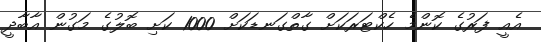
އެއީ ފަރުގެ ކޮންމެ ހެކްޓަރަކަށް ގާތްގަނޑަކަށް 1000 ކަށި ބޮލުގެ މަގުން އާބާދީ